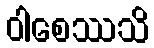
ဝါစေဿသိ